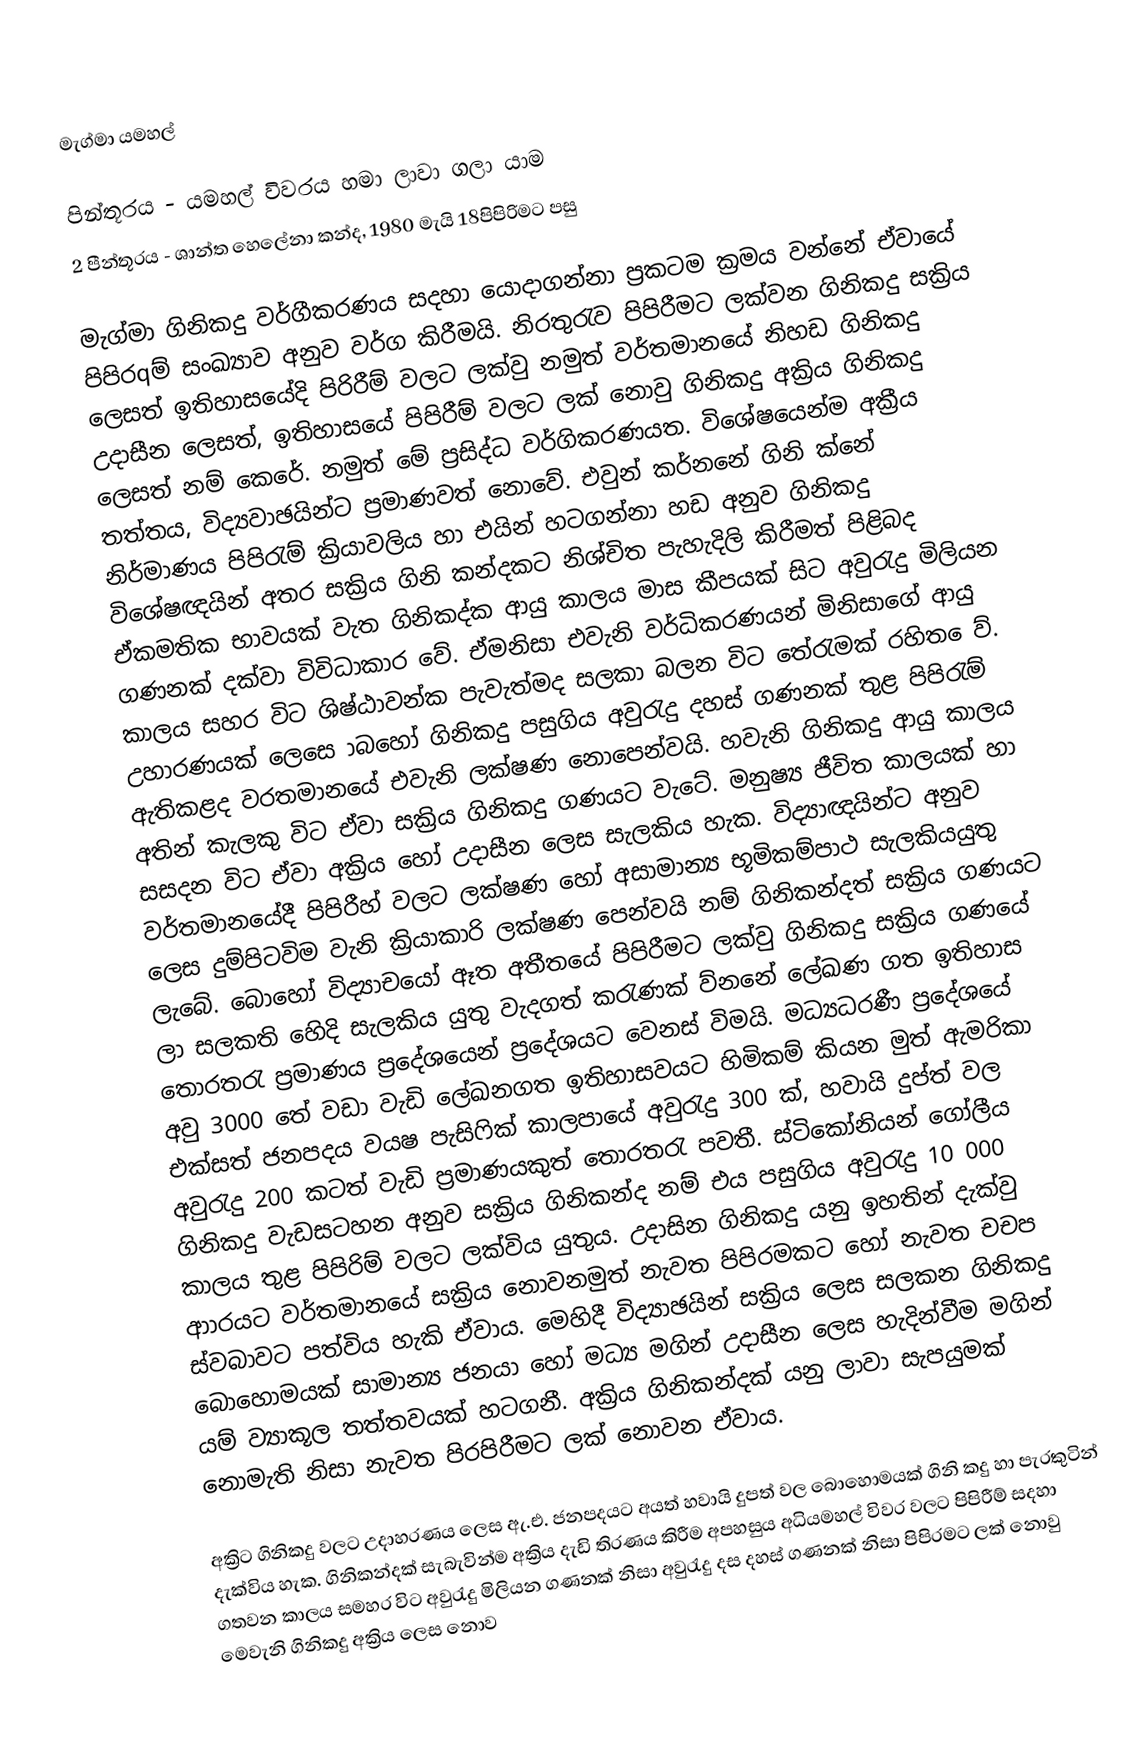
මැග්මා යමහල්

පින්තූරය - යමහල් විවරය හමා ලාවා ගලා යාම
2 පීන්තූරය - ශාන්ත හෙලේනා කන්ද, 1980 මැයි 18පිපිරිමට පසු

මැග්මා ගිනිකදු වර්ගීකරණය සදහා යොදාගන්නා ප්‍රකටම ක්‍රමය වන්නේ ඒවායේ පිපිරqම් සංඛ්‍යාව අනුව වර්ග කිරීමයි. නිරතුරැව පිපිරීමට ලක්වන ගිනිකදු සක්‍රිය ලෙසත් ඉතිහාසයේදි පිරිරීම් වලට ලක්වු නමුත් වර්තමානයේ නිහඩ ගිනිකදු උදාසීන ලෙසත්, ඉතිහාසයේ පිපිරීම් වලට ලක් නොවු ගිනිකදු අක්‍රිය ගිනිකදු ලෙසත් නම් කෙරේ. නමුත් මේ ප්‍රසිද්ධ වර්ගිකරණයත. විශේෂයෙන්ම අක්‍රීය තත්තය, විද්‍යවාඡයින්ට ප්‍රමාණවත් නොවේ. එවුන් කර්නනේ ගිනි ක්නේ නිර්මාණය පිපිරැම් ක්‍රියාවලිය හා එයින් හටගන්නා හඩ අනුව ගිනිකදු විශේෂඥයින් අතර සක්‍රිය ගිනි කන්දකට නිශ්චිත පැහැදිලි කිරීමත් පිළිබද ඒකමතික භාවයක් වැත ගිනිකද්ක ආයු කාලය මාස කීපයක් සිට අවුරැදු මිලියන ගණනක් දක්වා විවිධාකාර වේ. ඒමනිසා එවැනි වර්ධිකරණයන් මිනිසාගේ ආයු කාලය සහර විට ශිෂ්ඨාවන්ක පැවැත්මද සලකා බලන විට තේරැමක් රහිත ‍ෙව්. උහාරණයක් ලෙස‍ෙ ාබහෝ ගිනිකදු පසුගිය අවුරැදු දහස් ගණනක් තුළ පිපිරැම් ඇතිකළද වරතමානයේ එවැනි ලක්ෂණ නොපෙන්වයි. හවැනි ගිනිකදු ආයු කාලය අතින් කැලකු විට ඒවා සක්‍රිය ගිනිකදු ගණයට වැටේ. මනුෂ්‍ය ජීවිත කාලයක් හා සසදන විට ඒවා අක්‍රිය හෝ උදාසීන ලෙස සැලකිය හැක. විද්‍යාඥයින්ට අනුව වර්තමානයේදී පිපිරීහ් වලට ලක්ෂණ හෝ අසාමාන්‍ය භූමිකම්පාථ සැලකියයුතු ලෙස දුම්පිටවිම වැනි ක්‍රියාකාරි ලක්ෂණ පෙන්වයි නම් ගිනිකන්දත් සක්‍රිය ගණයට ලැබේ. බොහෝ විද්‍යාචයෝ ඈත අතීතයේ පිපිරීමට ලක්වු ගිනිකදු සක්‍රිය  ගණයේ ලා සලකති හෙිදි සැලකිය යුතු වැදගත් කරැණක් ව්නනේ ලේඛණ ගත ඉතිහාස තොරතරැ ප්‍රමාණය ප්‍රදේශයෙන් ප්‍රදේශයට වෙනස් විමයි. මධ්‍යධරණී ප්‍රදේශයේ අවු 3000 තේ වඩා වැඩි ලේඛනගත ඉතිහාසවයට හිමිකම් කියන මුත් ඇමරිකා එක්සත් ජනපදය වයෂ පැසිෆික් කාලපායේ අවුරැදු 300 ක්, හවායි දුප්ත් වල අවුරැදු 200 කටත් වැඩි ප්‍රමාණයකුත් තොරතරැ පවතී. ස්ටිකෝනියන් ගෝලීය ගිනිකදු වැඩසටහන අනුව සක්‍රිය ගිනිකන්ද නම් එය පසුගිය අවුරැදු 10 000 කාලය තුළ පිපිරිම් වලට ලක්විය යුතුය. උදාසින ගිනිකදු යනු ඉහතින් දැක්වු ආාරයට වර්තමානයේ සක්‍රිය නොවනමුත් නැවත පිපිරමකට හෝ නැවත චචප ස්වබාවට පත්විය හැකි ඒවාය. මෙහිදී විද්‍යාඡයින් සක්‍රිය  ලෙස සලකන ගිනිකදු බොහොමයක් සාමාන්‍ය ජනයා හෝ මධ්‍ය මගින් උදාසීන ලෙස හැදින්වීම මගින් යම් ව්‍යාකූල තත්තවයක් හටගනී. අක්‍රිය ගිනිකන්දක් යනු ලාවා සැපයුමක් නොමැති නිසා නැවත පිරපිරීමට ලක් නොවන ඒවාය.

අක්‍රිට ගිනිකදු වලට උදාහරණය ලෙස ඇ.එ. ජනපදයට අයත් හවායි දුපත් වල බොහොමයක් ගිනි කදු හා පැරකුටින් දැක්විය හැක. ගිනිකන්දක් සැබැවින්ම අක්‍රිය දැඩි තිරණය කිරීම අපහසුය අධියමහල් විවර වලට පිපිරීම් සදහා ගතවන කාලය සමහර විට අවුරැදු මිලියන ගණනක් නිසා අවුරැදු දස දහස් ගණනක් නිසා පිපිරමට ලක් නොවු මෙවැනි ගිනිකදු අක්‍රිය ලෙස නොව